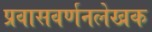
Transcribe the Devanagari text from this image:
प्रवासवर्णनलेखक